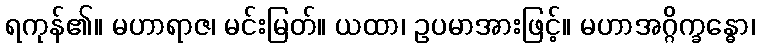
ရကုန်၏။ မဟာရာဇ၊ မင်းမြတ်။ ယထာ၊ ဥပမာအားဖြင့်။ မဟာအဂ္ဂိက္ခန္ဓော၊